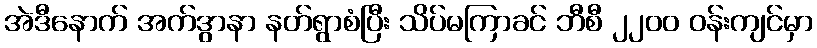
အဲဒီနောက် အက်ဒွာနာ နတ်ရွာစံပြီး သိပ်မကြာခင် ဘီစီ ၂၂၀၀ ဝန်းကျင်မှာ